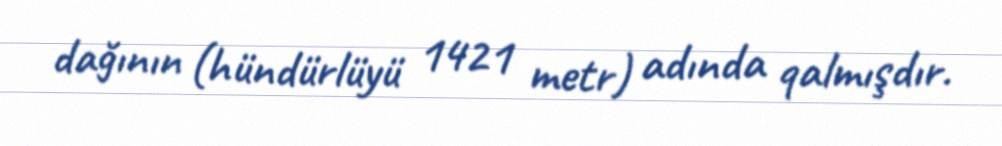
dağının (hündürlüyü 1421 metr) adında qalmışdır.